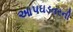
આપઘડતરની